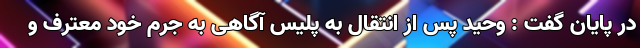
در پایان گفت : وحید پس از انتقال به پلیس آگاهی به جرم خود معترف و